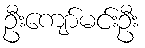
ဦးကျော်မင်းဦး